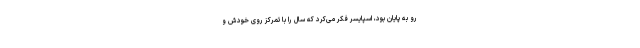
رو به پایان بود، اسپایسر فکر می‌کرد که سال را با تمرکز روی خودش و